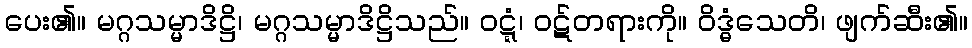
ပေး၏။ မဂ္ဂသမ္မာဒိဋ္ဌိ၊ မဂ္ဂသမ္မာဒိဋ္ဌိသည်။ ဝဋ္ဋံ၊ ဝဋ်တရားကို။ ဝိဒ္ဓံသေတိ၊ ဖျက်ဆီး၏။